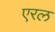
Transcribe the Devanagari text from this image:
एरल